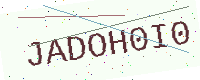
Text: JADOH0I0